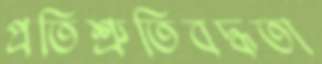
প্রতিশ্রুতিবদ্ধতা